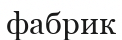
фабрик